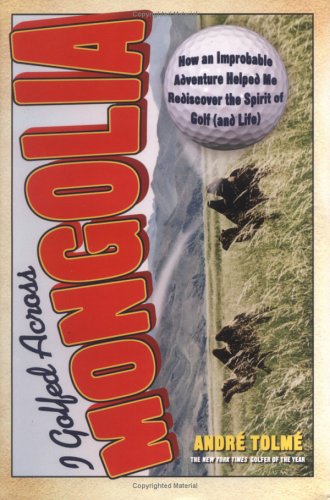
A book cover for I Golfed Across Mongolia: How an Improbable Adventure Helped Me Rediscover the Spirit of Golf (and Life); Andre Tolme; Travel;